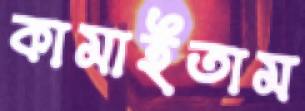
কামাইতাম